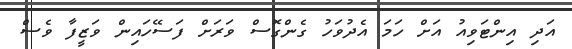
އަދި އިންޓަވިއު އަށް ހަމަ އެދުވަހު ގެންގޮސް ވަރަށް ފަސޭހައިން ވަޒީފާ ވެސް